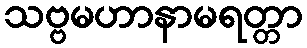
သဗ္ဗမဟာနာမရတ္တာ